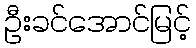
ဦးခင်အောင်မြင့်